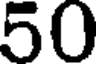
50